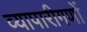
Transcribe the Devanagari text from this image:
व्यापारीगणों